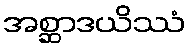
အစ္ဆာဒယိဿံ